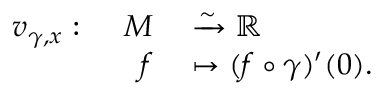
\begin{array} { r l } { v _ { \gamma , x } : \mathrm { ~ } \smt { M } } & { { } \xrightarrow { \sim } \mathbb { R } } \\ { f } & { { } \mapsto ( f \circ \gamma ) ^ { \prime } ( 0 ) . } \end{array}